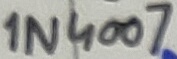
Text: 1N4007